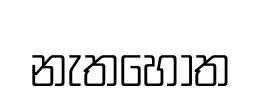
නැතහොත